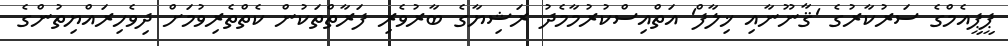
ޕީޕީއެމްގެ ސަރުކާރުގެ 'ޤާނޫނާއި ޚިލާފް' އަތްއިސްކުރުމާމެދު ރަޝިޔާގެ ބާރުވެރި ފަރާތްތަކުން ކެތްތެރިވުމަށް ދިވެހިރައްޔިތުންގެ